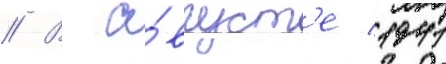
// В а́вгуст'е 1941